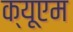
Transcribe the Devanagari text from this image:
क्यूएम